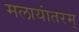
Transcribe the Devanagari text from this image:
मलायांतरम्‌